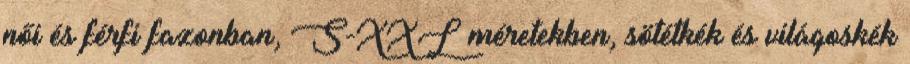
női és férfi fazonban, S-XXL méretekben, sötétkék és világoskék